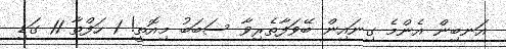
އަނބިން އެންމެ ގިނައިން ބޭވަފާތެރިވާ ސަބަބު މިއޮތީ! 1 ހަފްތާ 11 ގަޑި